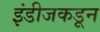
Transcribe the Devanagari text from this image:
इंडीजकडून